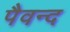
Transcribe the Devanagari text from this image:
पैवन्द